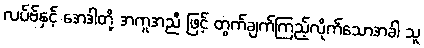
လပ်ဗ်နှင့် အေဒါတို့ အကူအညီ ဖြင့် တွက်ချက်ကြည့်လိုက်သောအခါ သူ